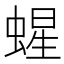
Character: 䗌